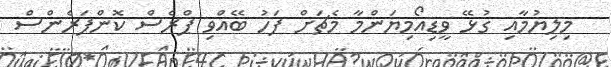
މިލިޔުމާއި ގުޅޭ ވީޑިއޯމިޔަންމާ މެޗަށް ފަހު ބޭއްވި ޕްރެސް ކޮންފަރެންސް